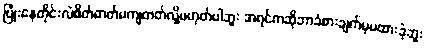
ပြုံးနေတိုင်းလဲစိတ်ဓာတ်မကျတတ်လို့မဟုတ်ပါဘူး အရင်ကဆိုဘာခံစားချက်မှမထားခဲ့ဘူး